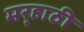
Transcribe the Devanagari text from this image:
मर्‍हाठी